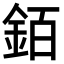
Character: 銆